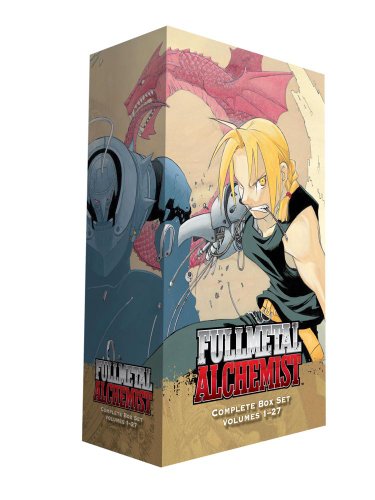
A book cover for Fullmetal Alchemist Box Set; Hiromu Arakawa; Comics & Graphic Novels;